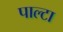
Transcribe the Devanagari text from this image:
पाल्टा